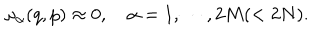
\omega _ { \alpha } ( q , p ) \approx 0 , \quad \alpha = 1 , \cdots , 2 M ( < 2 N ) .